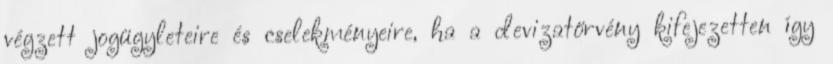
végzett jogügyleteire és cselekményeire, ha a devizatörvény kifejezetten így